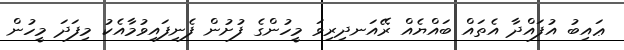
ޢައިބު އުފައްދާ އެތައް ބައްޔެއް ރޭއަނދިރިވަ މީހުންގެ ފުށުން ފެނިފައިވުމާއެކު މިފަދަ މީހުން